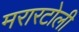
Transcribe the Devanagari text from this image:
मरारटोली